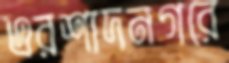
এরশাদনগরে